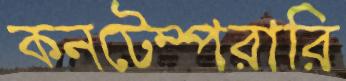
কনটেম্পরারি